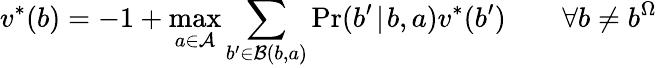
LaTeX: v^{*}(b)=-1+\operatorname*{max}_{a\in\mathcal{A}}\sum_{b^{\prime}\in\mathcal{B}(b,a)}\operatorname*{Pr}(b^{\prime}\! \mid\! b,a)v^{*}(b^{\prime})\qquad\forall b\neq b^{\Omega}